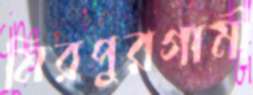
মিরপুরগামী